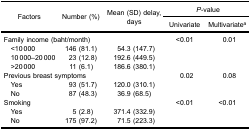
<table><thead><tr><td rowspan="3"><b>Factors</b></td><td rowspan="3"><b>Number (%)</b></td><td rowspan="3"><b>Mean (SD) delay,days</b></td><td colspan="2"><b><i>P</i>-value</b></td></tr><tr><td><b>Univariate</b></td><td><b>Multivariate<sup>a</sup></b></td></tr></thead><tbody><tr><td colspan="3">Family income (baht/month)</td><td>&lt;0.01</td><td>0.01</td></tr><tr><td> &lt;10 000</td><td>146 (81.1)</td><td>54.3 (147.7)</td><td> </td><td> </td></tr><tr><td> 10 000–20 000</td><td>23 (12.8)</td><td>192.6 (449.5)</td><td> </td><td> </td></tr><tr><td> &gt;20 000</td><td>11 (6.1)</td><td>186.6 (380.1)</td><td> </td><td> </td></tr><tr><td colspan="3">Previous breast symptoms</td><td>0.02</td><td>0.08</td></tr><tr><td> Yes</td><td>93 (51.7)</td><td>120.0 (310.1)</td><td> </td><td> </td></tr><tr><td> No</td><td>87 (48.3)</td><td>36.9 (68.5)</td><td> </td><td> </td></tr><tr><td colspan="3">Smoking</td><td>&lt;0.01</td><td>&lt;0.01</td></tr><tr><td> Yes</td><td>5 (2.8)</td><td>371.4 (332.9)</td><td> </td><td> </td></tr><tr><td> No</td><td>175 (97.2)</td><td>71.5 (223.3)</td><td> </td><td> </td></tr></tbody></table>